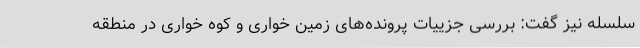
سلسله نیز گفت: بررسی جزییات پرونده‌های زمین خواری و کوه خواری در منطقه